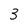
Character: 3